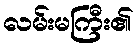
လမ်းမကြီး၏